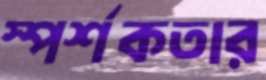
স্পর্শকতার